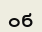
об